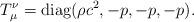
LaTeX: \begin{align*}T_\mu^\nu={\rm diag}(\rho c^2, -p, -p, -p).\end{align*}